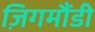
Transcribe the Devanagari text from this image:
ज़िगमौंडी